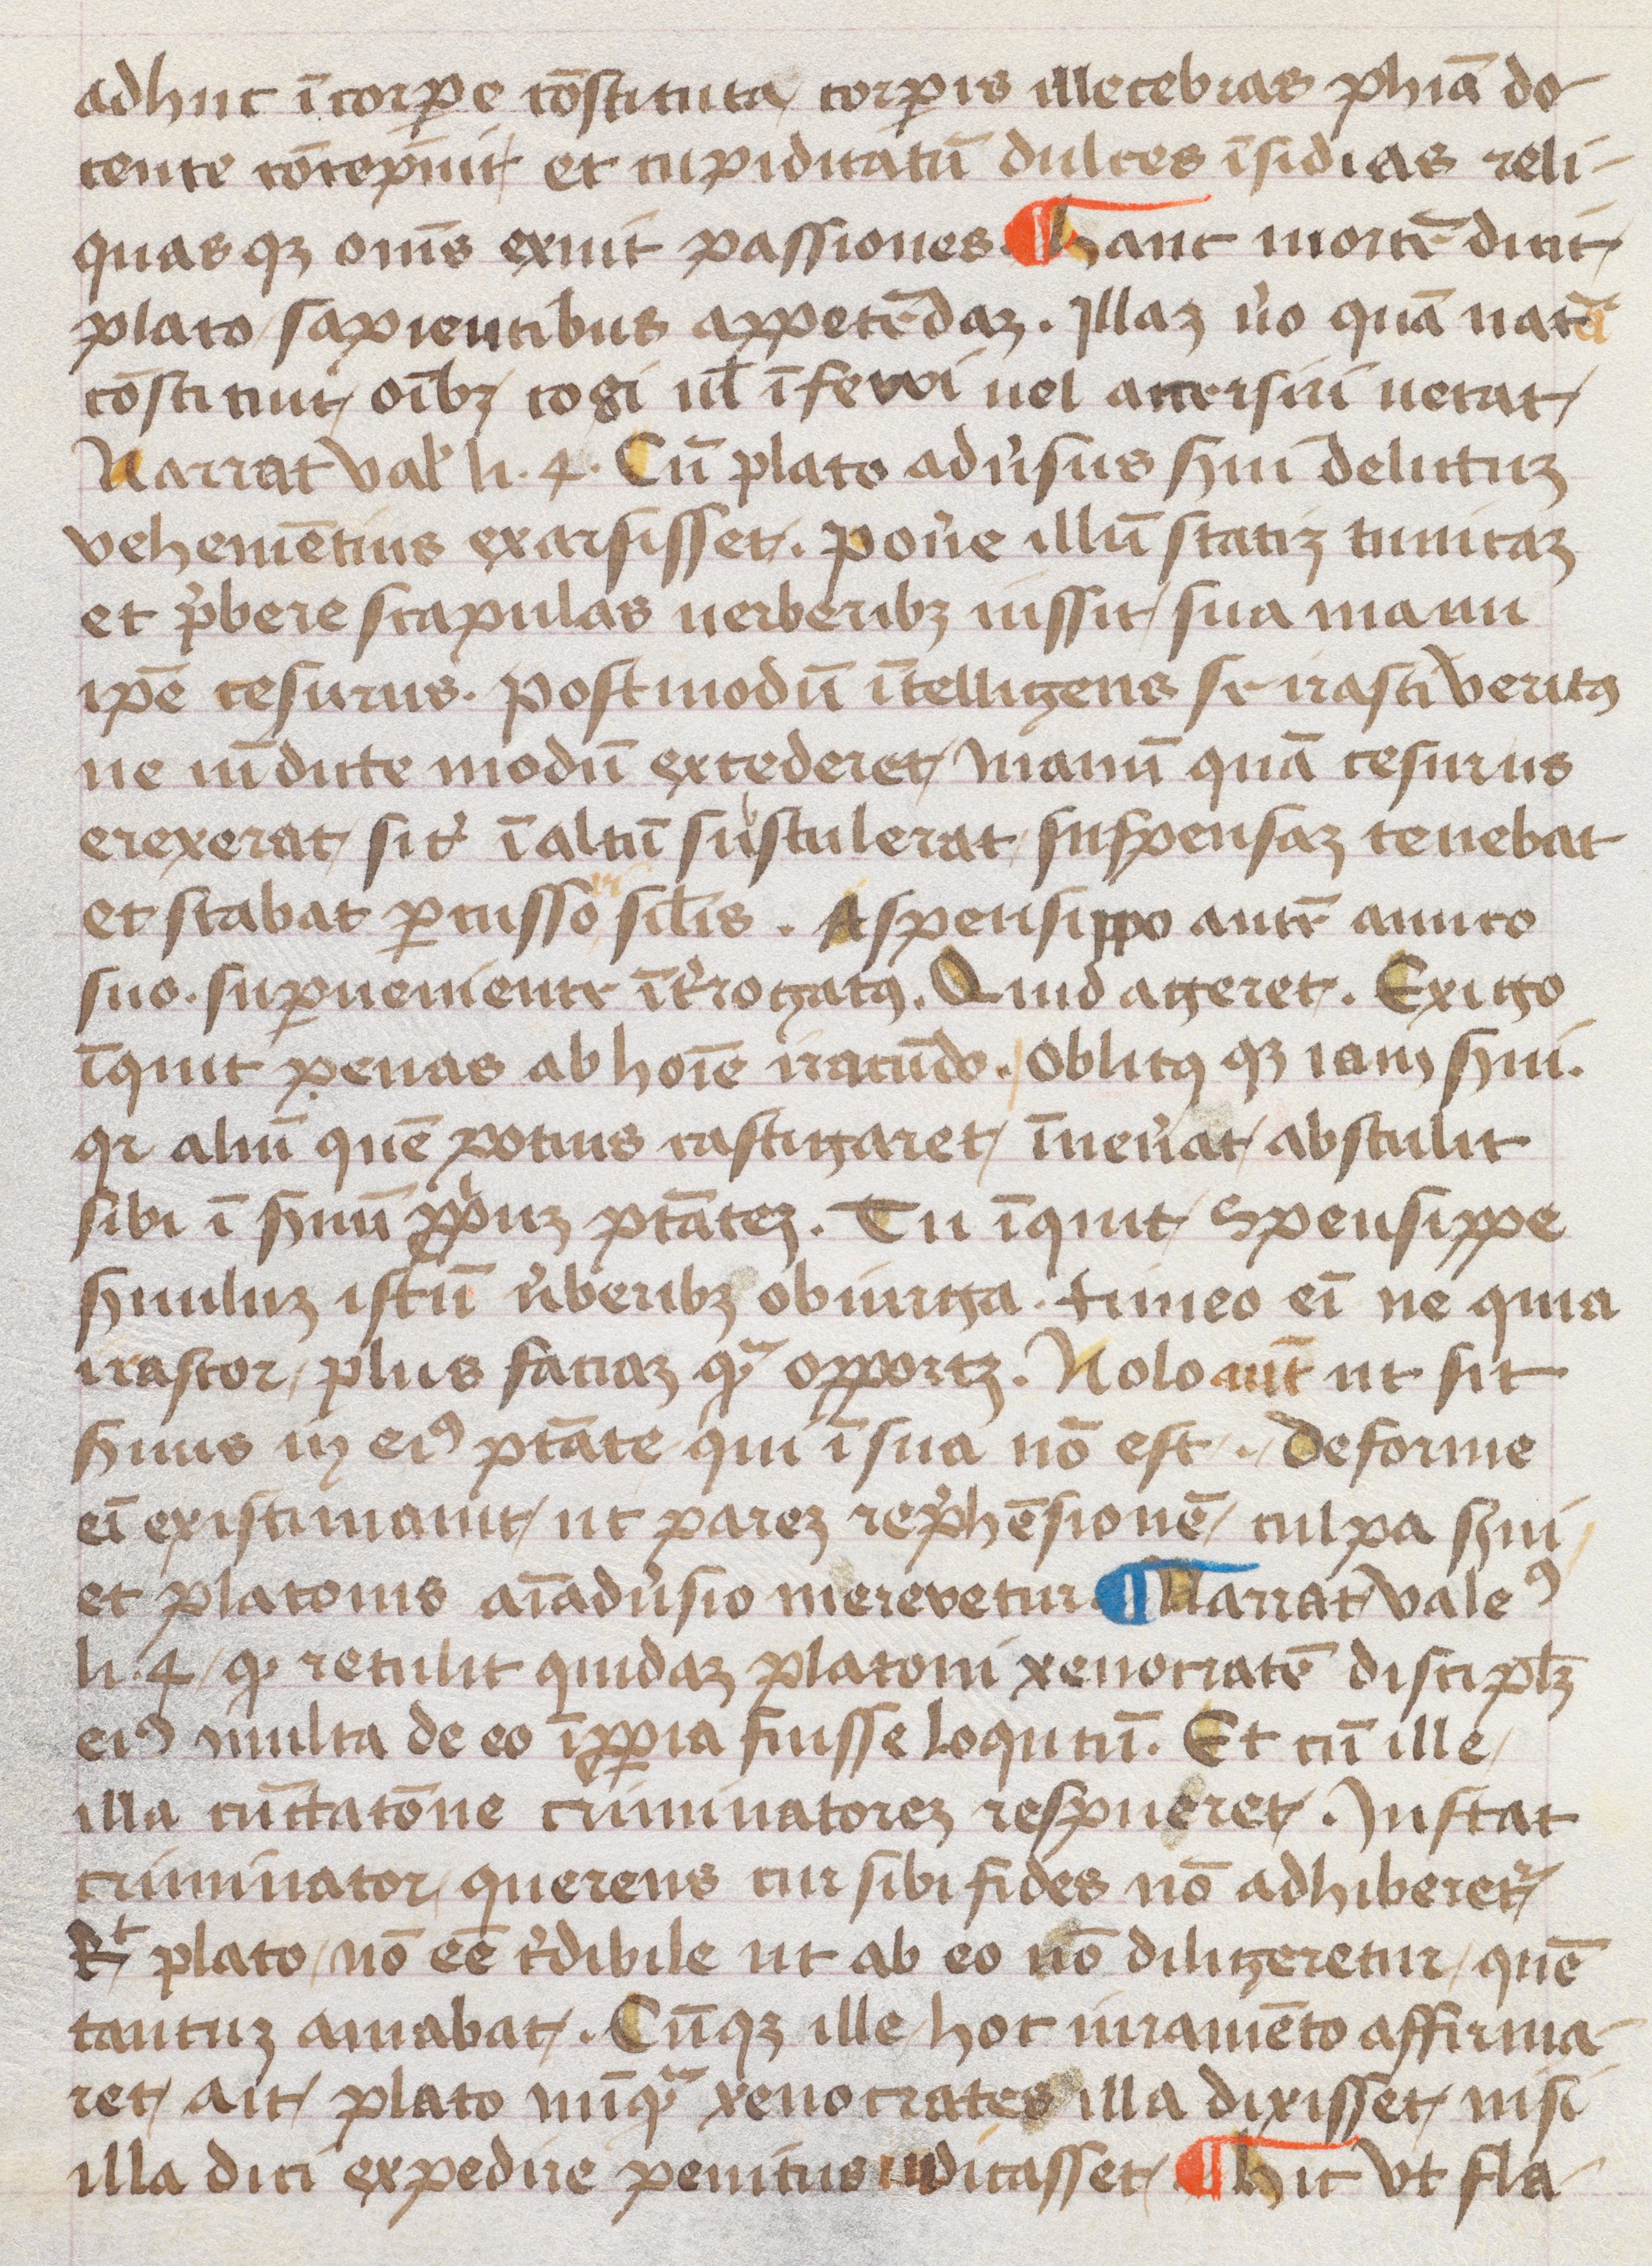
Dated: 1452–1452